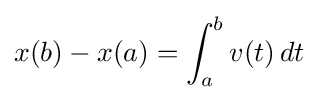
x(b)-x(a)=\int _{a}^{b}v(t)\,dt